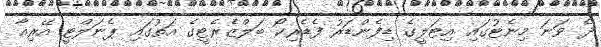
ދެ ވަނަ މިނެޓުގައި އިޓަލީގެ ޑިފެންޑަރު ފެޑެރިކޯ ބަލްޒެރެޓީގެ އަތުގައި ޕެނަލްޓީ އޭރިއާ